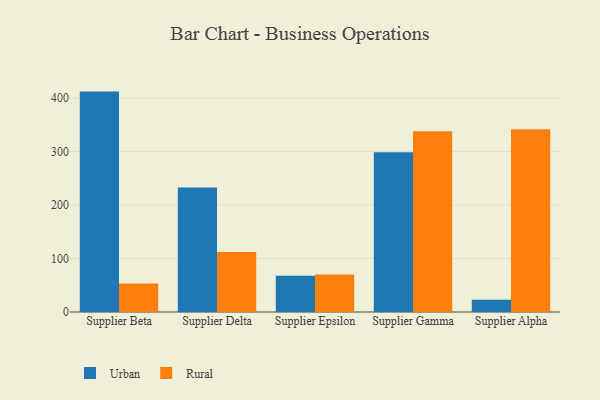
{"axis": {"x": "Supplier", "y": "Population (Million)"}, "legend": ["Rural", "Urban"], "data": [{"x": "Supplier Beta", "y": 412.0, "type": "Urban"}, {"x": "Supplier Beta", "y": 53.1, "type": "Rural"}, {"x": "Supplier Delta", "y": 232.6, "type": "Urban"}, {"x": "Supplier Delta", "y": 112.0, "type": "Rural"}, {"x": "Supplier Epsilon", "y": 67.6, "type": "Urban"}, {"x": "Supplier Epsilon", "y": 69.9, "type": "Rural"}, {"x": "Supplier Gamma", "y": 298.4, "type": "Urban"}, {"x": "Supplier Gamma", "y": 337.9, "type": "Rural"}, {"x": "Supplier Alpha", "y": 23.1, "type": "Urban"}, {"x": "Supplier Alpha", "y": 341.4, "type": "Rural"}]}